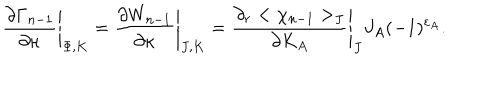
\left. { \frac { \partial \Gamma _ { n - 1 } } { \partial \kappa } } \right| _ { \Phi , K } = \left. { \frac { \partial W _ { n - 1 } } { \partial \kappa } } \right| _ { J , K } = \left. { \frac { \partial _ { r } < \chi _ { n - 1 } > _ { J } } { \partial K _ { A } } } \right| _ { J } J _ { A } ( - 1 ) ^ { \varepsilon _ { A } } .